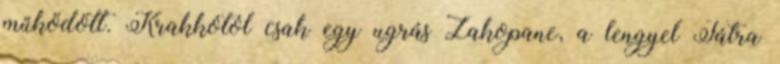
működött. Krakkótól csak egy ugrás Zakopane, a lengyel Tátra